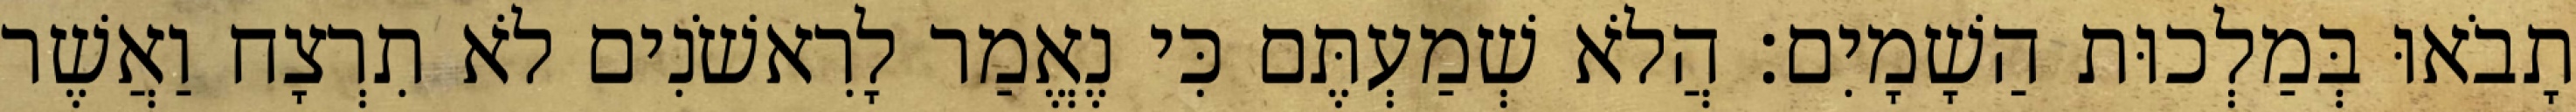
תָבֹאוּ בְּמַלְכוּת הַשָׁמָיִם׃ הֲלֹא שְׁמַעְתֶּם כִּי נֶאֱמַר לָרִאשֹׁנִים לֹא תִרְצָח וַאֲשֶׁר